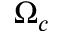
\Omega _ { c }